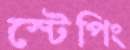
স্টেপিং